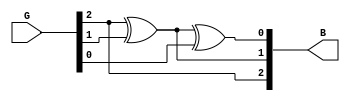
module G_B(input [2:0]G,output[2:0]B);
  //data modelling
  buf(B[2],G[2]);
  xor x1(B[1],G[2],G[1]);
  xor x2 (B[0],B[1],G[0]);
endmodule